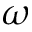
\omega